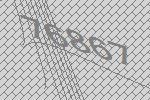
76867